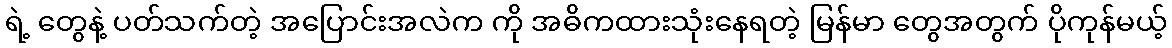
ရဲ့ တွေနဲ့ ပတ်သက်တဲ့ အပြောင်းအလဲက ကို အဓိကထားသုံးနေရတဲ့ မြန်မာ တွေအတွက် ပိုကုန်မယ့်